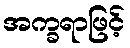
အက္ခရာဖြင့်